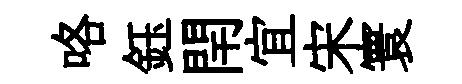
咯鈺閈宜宋寰